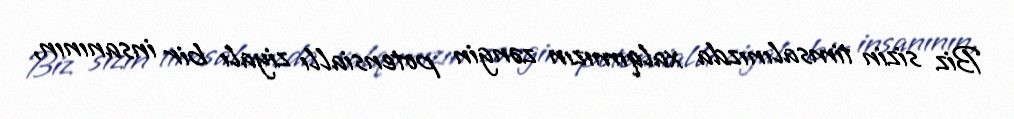
Biz sizin timsalınızda xalqımızın zəngin potensiallı ziyalı bir insanının,